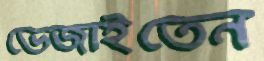
ভেজাইতেন